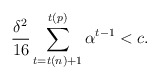
\begin{align*}\frac{\delta^2}{16}\sum_{t=t(n)+1}^{t(p)}\alpha^{t-1}< c.\end{align*}